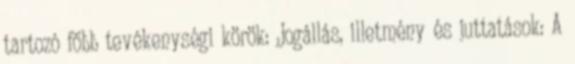
tartozó főbb tevékenységi körök: Jogállás, illetmény és juttatások: A